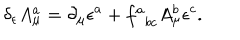
\delta _ { \epsilon } A _ { \mu } ^ { a } = \partial _ { \mu } \epsilon ^ { a } + f _ { \; \; b c } ^ { a } A _ { \mu } ^ { b } \epsilon ^ { c } .